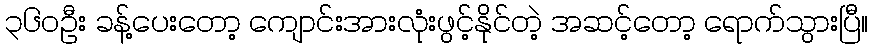
၃၆၀ဦး ခန့်ပေးတော့ ကျောင်းအားလုံးဖွင့်နိုင်တဲ့ အဆင့်တော့ ရောက်သွားပြီ။